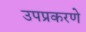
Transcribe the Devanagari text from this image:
उपप्रकरणे